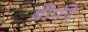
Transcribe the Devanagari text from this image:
बीफी